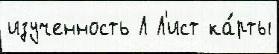
изученность Л Л'ист ка́рты